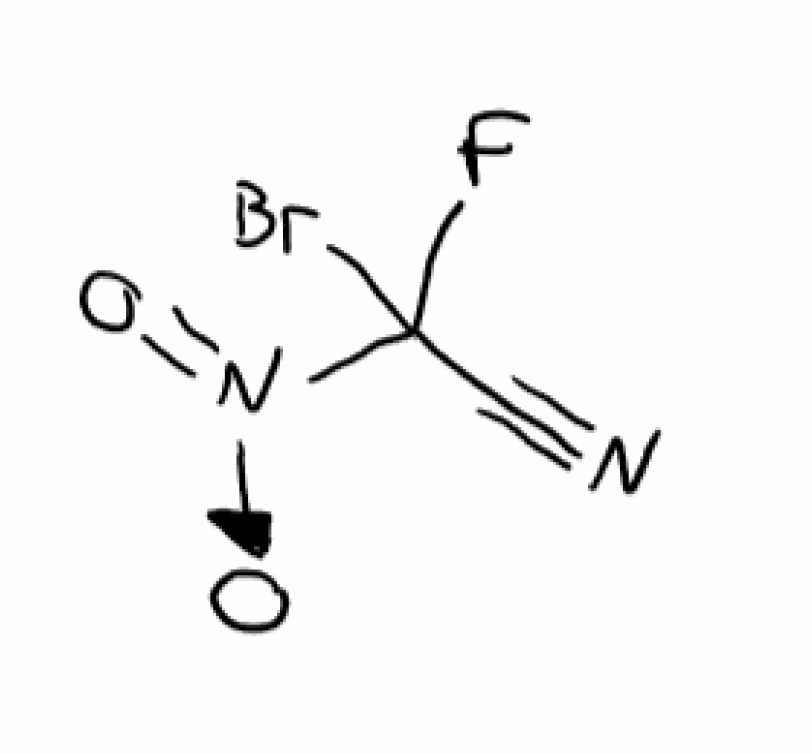
Simplified molecular-input line-entry system (SMILES) notation of the given molecule:
C(#N)C([N+](=O)[O-])(F)Br